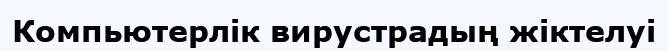
Компьютерлік вирустрадың жіктелуі